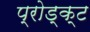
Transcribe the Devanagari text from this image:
प्रोड्क्ट